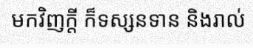
មកវិញក្តី ក៏ទស្សនទាន និងរាល់